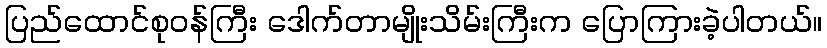
ပြည်ထောင်စုဝန်ကြီး ဒေါက်တာမျိုးသိမ်းကြီးက ပြောကြားခဲ့ပါတယ်။